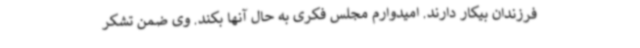
فرزندان بیکار دارند. امیدوارم مجلس فکری به حال آنها بکند. وی ضمن تشکر